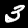
Label: 3